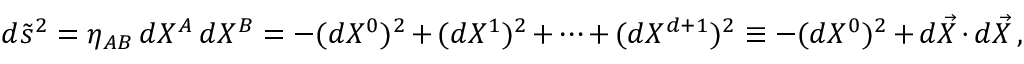
d \tilde { s } ^ { 2 } = \eta _ { A B } \, d X ^ { A } \, d X ^ { B } = - ( d X ^ { 0 } ) ^ { 2 } + ( d X ^ { 1 } ) ^ { 2 } + \dots + ( d X ^ { d + 1 } ) ^ { 2 } \equiv - ( d X ^ { 0 } ) ^ { 2 } + d \vec { X } \cdot d \vec { X } \, ,